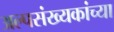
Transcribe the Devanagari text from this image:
अल्पसंख्यकांच्या